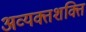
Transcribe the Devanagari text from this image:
अव्यक्तशक्ति